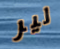
لير